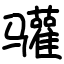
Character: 𬴐